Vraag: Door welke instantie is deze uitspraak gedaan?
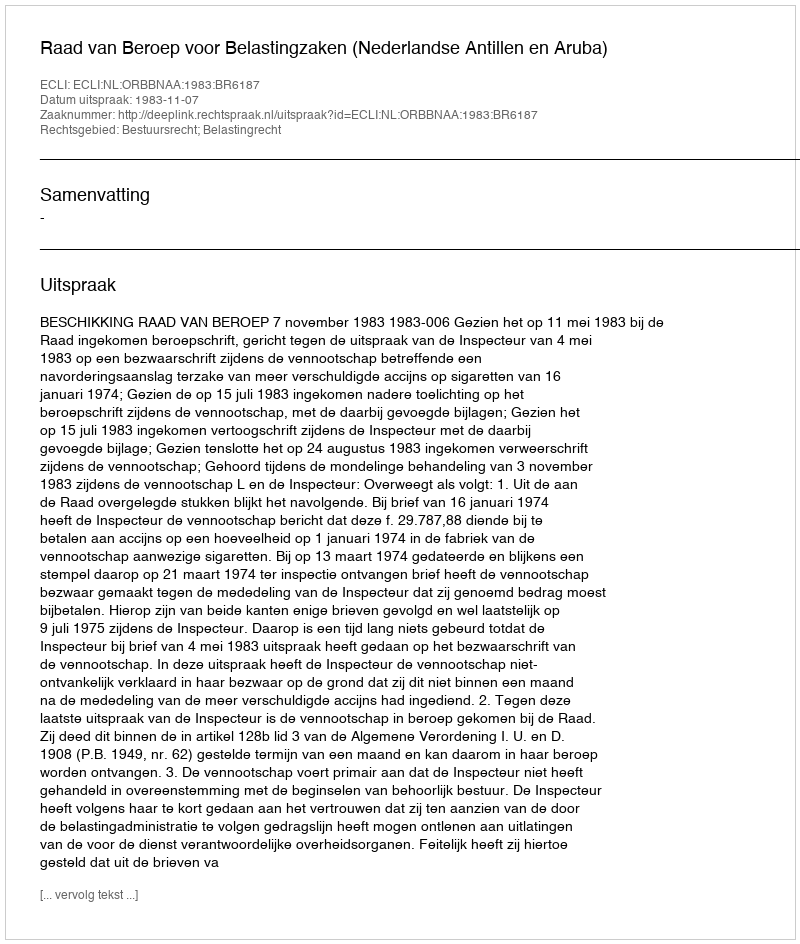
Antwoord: Raad van Beroep voor Belastingzaken (Nederlandse Antillen en Aruba)